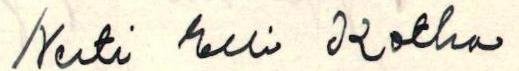
Neiti Elli Kotka